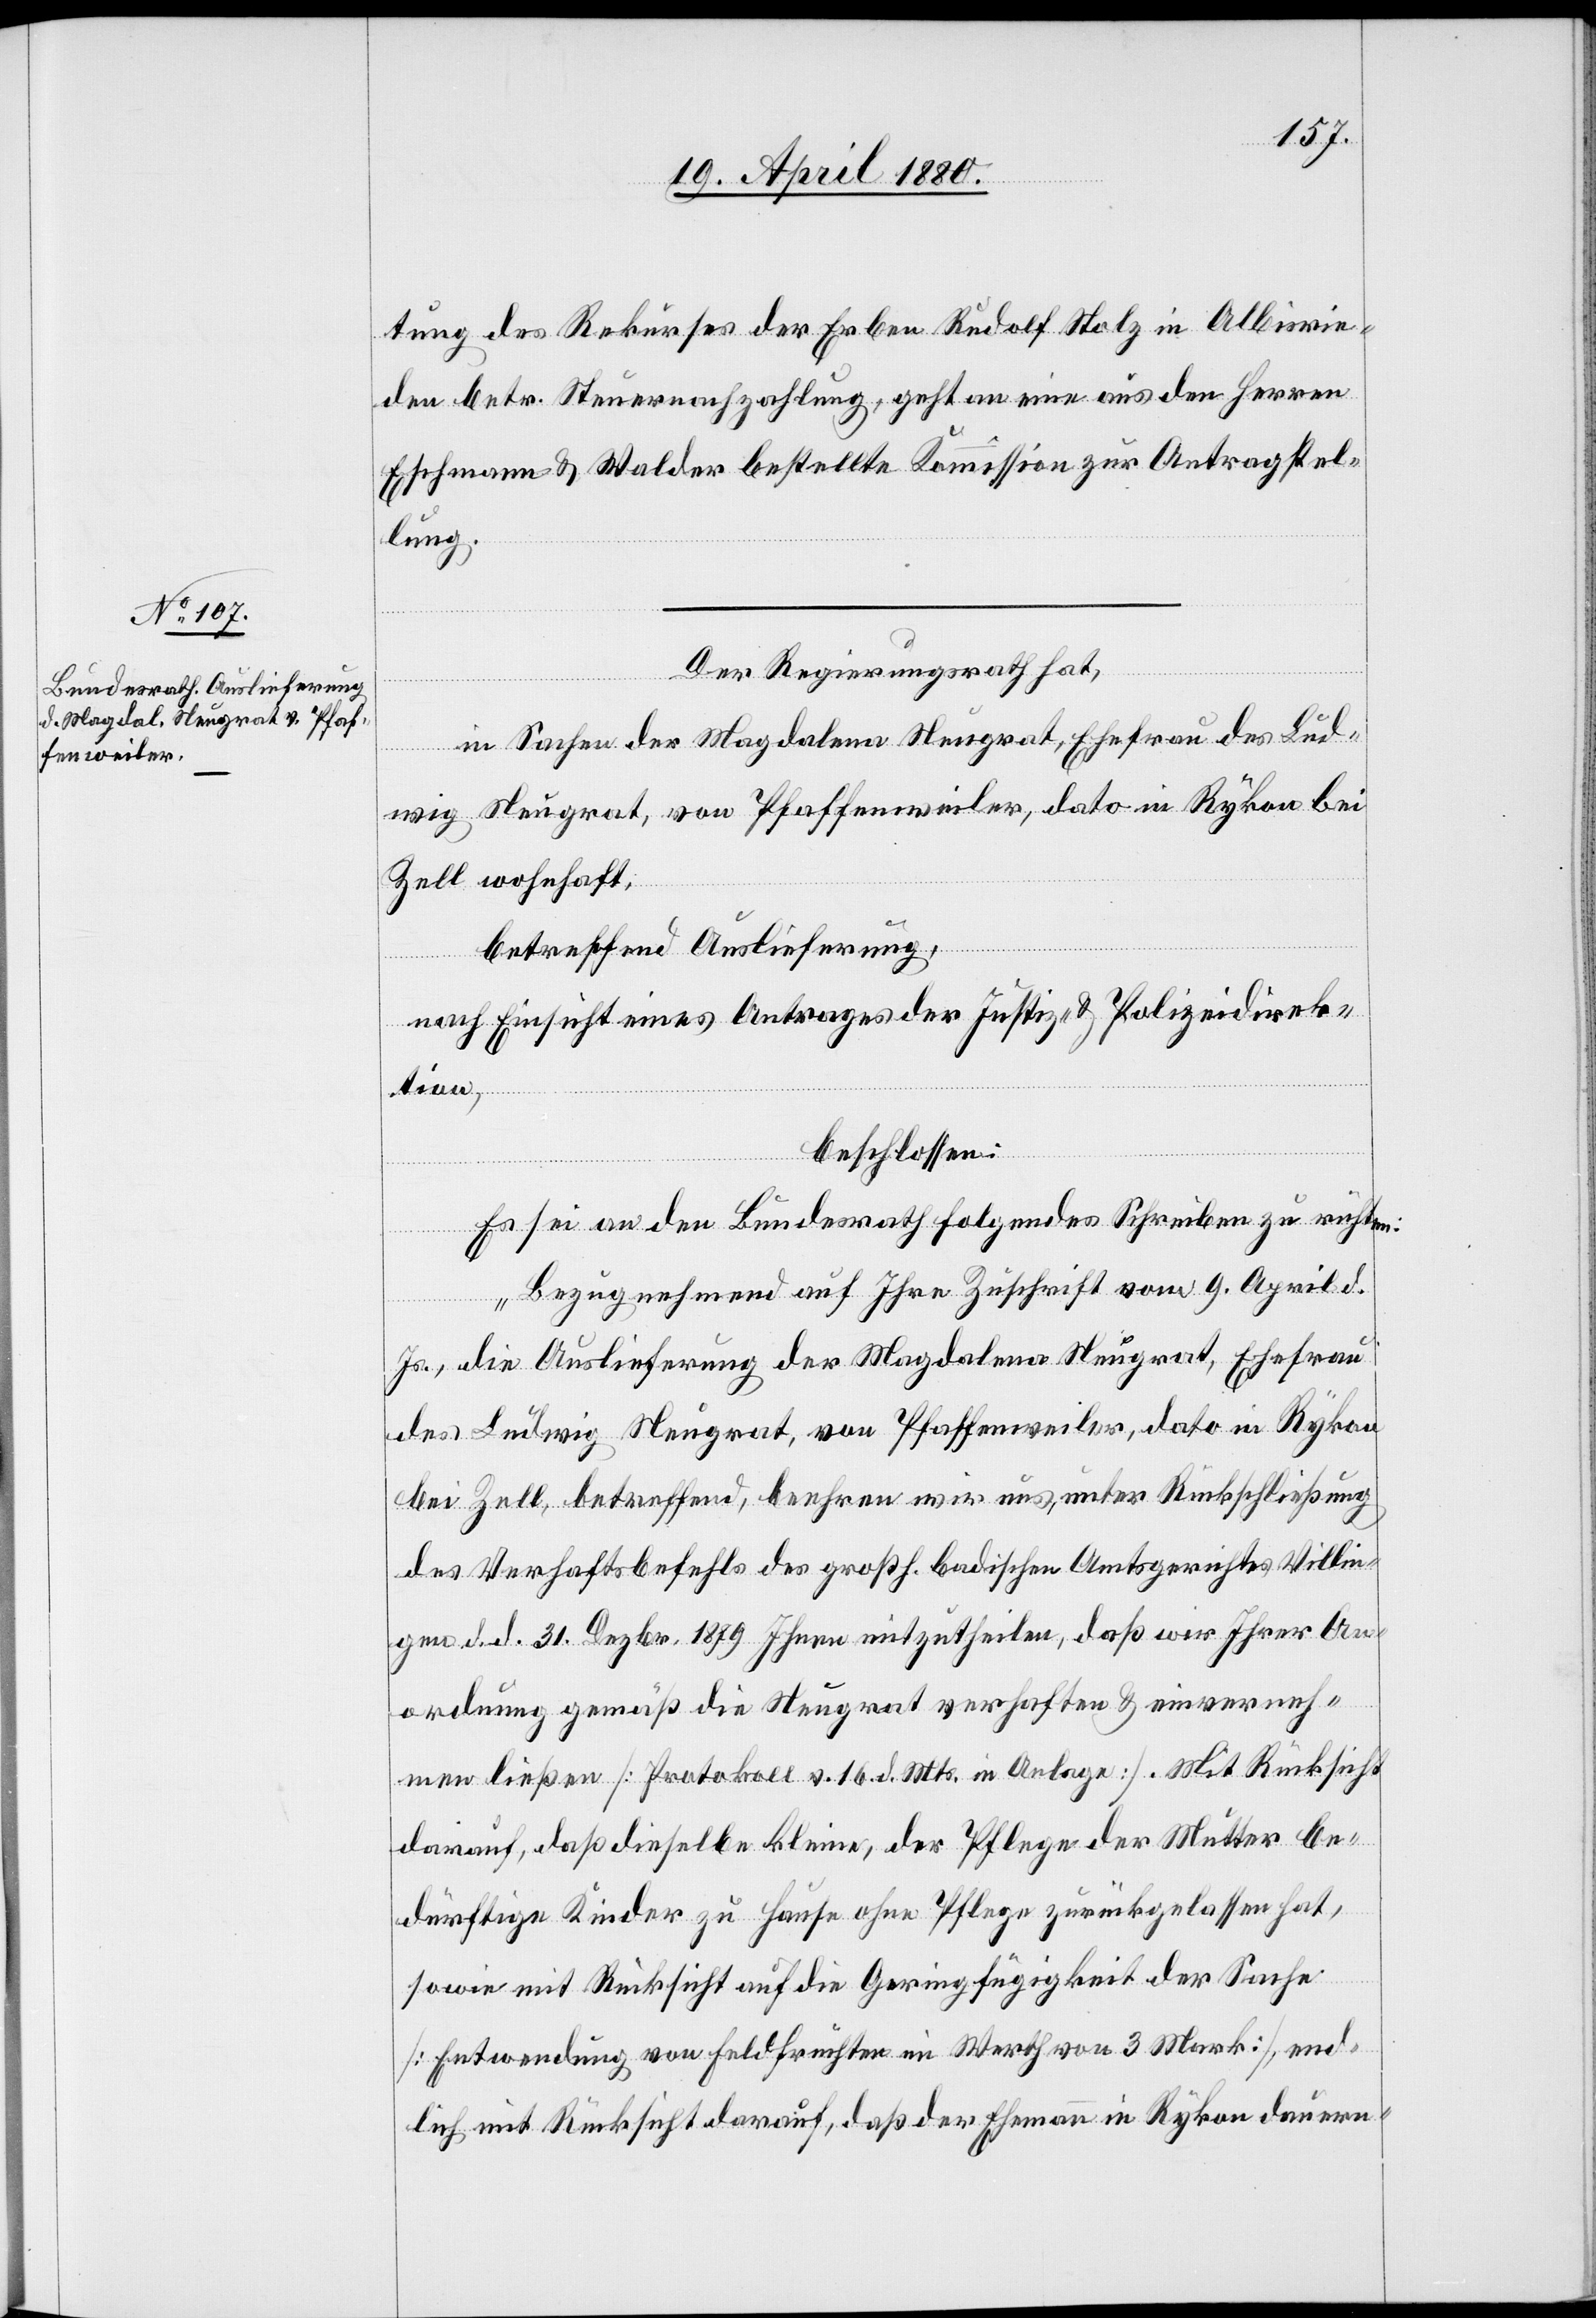
tung des Rekurses der Erben Rudolf Stolz in Albisrie¬
den betr. Steuernachzahlung, geht an eine aus den Herren
Eschmann & Walder bestellte Kommission zur Antragstel¬
lung.
Der Regierungsrath hat,
in Sachen der Magdalena Neugrat, Ehefrau des Lud¬
wig Neugrat, von Pfaffenweiler, dato in Rykon bei
Zell wohnhaft,
betreffend Auslieferung,
nach Einsicht eines Antrages der Justiz- & Polizeidirek¬
tion,
beschlossen:
Es sei an den Bundesrath folgendes Schreiben zu richten:
„Bezugnehmend auf Ihre Zuschrift vom 9. April d.
Js., die Auslieferung der Magdalena Neugrat, Ehefrau
des Ludwig Neugrat, von Pfaffenweiler, dato in Rykon
bei Zell, betreffend, beehren wir uns, unter Rückschließung
des Verhaftsbefehls des großh. badischen Amtsgerichtes Villin¬
gen d. d. 31. Dezbr. 1879 Ihnen mitzutheilen, daß wir Ihrer An¬
ordnung gemäß die Neugrat verhaften & einverneh¬
men ließen [Protokoll v. 16. d. Mts. in Anlage]. Mit Rücksicht
darauf, daß dieselbe kleine, der Pflege der Mutter be¬
dürftige Kinder zu Hause ohne Pflege zurückgelassen hat,
sowie mit Rücksicht auf die Geringfügigkeit der Sache
[Entwendung von Feldfrüchten im Werth von 3 Mark], end¬
lich mit Rücksicht darauf, daß der Ehemann in Rykon dauern-